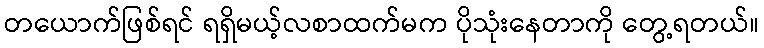
တယောက်ဖြစ်ရင် ရရှိမယ့်လစာထက်မက ပိုသုံးနေတာကို တွေ့ရတယ်။